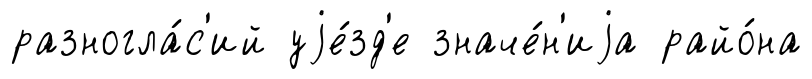
разногла́с'ий уjе́зд'е значе́н'иjа райо́на